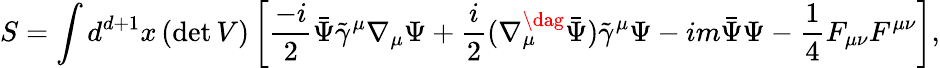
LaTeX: S=\int d^{d+1}x\, (\mathrm{{det}}\, V)\left[{\frac{-i}{2}}\bar{\Psi}\tilde{\gamma}^{\mu}\nabla_{\mu}\Psi+{\frac{i}{2}}(\nabla_{\mu}^{\dag}\bar{\Psi})\tilde{\gamma}^{\mu}\Psi-im\bar{\Psi}\Psi-\frac{1}{4}F_{\mu\nu}F^{\mu\nu}\right],